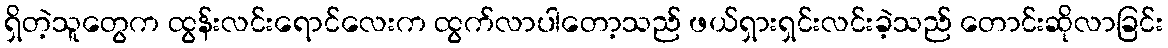
ရှိတဲ့သူတွေက ထွန်းလင်းရောင်လေးက ထွက်လာပါတော့သည် ဖယ်ရှားရှင်းလင်းခဲ့သည် တောင်းဆိုလာခြင်း